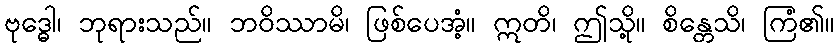
ဗုဒ္ဓေါ၊ ဘုရားသည်။ ဘဝိဿာမိ၊ ဖြစ်ပေအံ့။ ဣတိ၊ ဤသို့။ စိန္တေသိ၊ ကြံ၏။